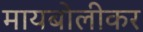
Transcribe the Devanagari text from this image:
मायबोलीकर